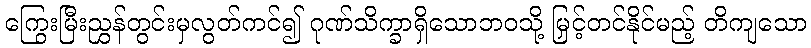
ကြွေးမြီးညွှန်တွင်းမှလွတ်ကင်၍ ဂုဏ်သိက္ခာရှိသောဘဝသို့ မြှင့်တင်နိုင်မည့် တိကျသော